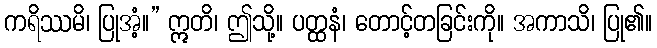
ကရိဿမိ၊ ပြုအံ့။” ဣတိ၊ ဤသို့။ ပတ္ထနံ၊ တောင့်တခြင်းကို။ အကာသိ၊ ပြု၏။